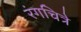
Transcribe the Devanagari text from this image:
रंगचित्रे